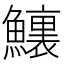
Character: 𩼆